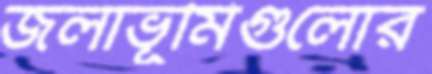
জলাভূমিগুলোর